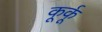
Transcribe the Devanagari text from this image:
कूर्कू